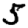
Digit: 5